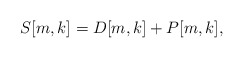
\begin{align*}S[m,k] = D[m,k] + P [m,k],\end{align*}